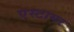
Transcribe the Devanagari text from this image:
एस्टायर